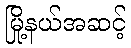
မြို့နယ်အဆင့်